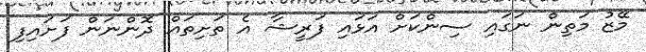
މޭޒު މަތިން ނަގައި ސިންކަށް އަޅައި ފަރީޝާ އެ ތަށިތައް ދޮންނަން ފަށައިފި